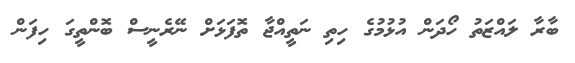
ބާރާ ލައްޒަތު ހޯދަން އުޅުމުގެ ހިތި ނަތީއްޖާ ތޮފަޅަށް ނޭރެނީސް ބޮންތީގަ ހިފަން